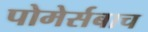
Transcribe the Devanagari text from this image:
पोमेर्सबाच